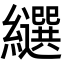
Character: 𦇗